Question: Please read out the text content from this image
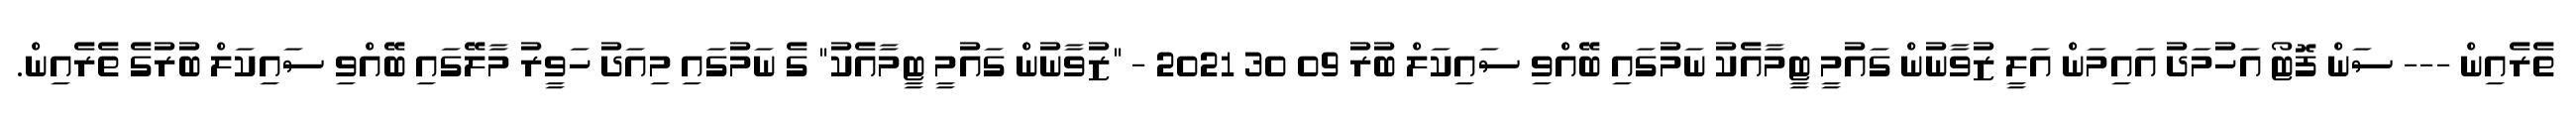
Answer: ތެރެއިން --- ސަން ފޮޓޯ އަހުމަދު އައިމަން އަލީ ޒުވާނުން ގައުމީ ޓީމާއެކު ނަމުގައި ބޭއްވި ސައިކަލް ބުރު 09 30 2021 - "ޒުވާނުން ގައުމީ ޓީމާއެކު" ގެ ނަމުގައި މިއަދު ހަވީރު މާލޭގައި ބޭއްވި ސައިކަލް ބުރުގެ ތެރެއިން.